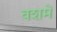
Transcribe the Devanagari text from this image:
वशमें